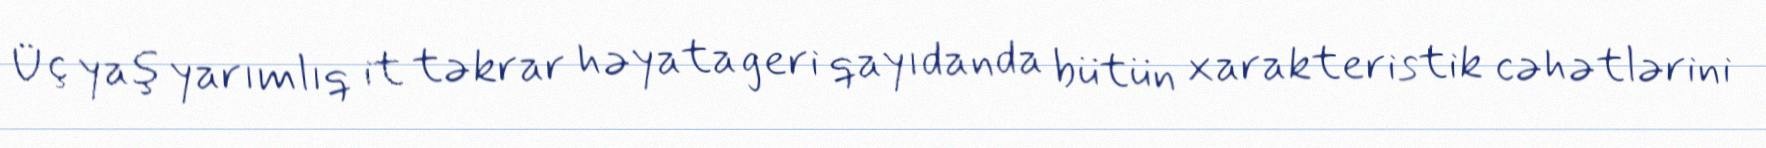
Üç yaş yarımlıq it təkrar həyata geri qayıdanda bütün xarakteristik cəhətlərini